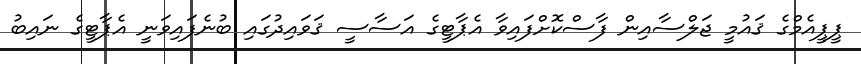
ޕީޕީއެމްގެ ޤައުމީ ޖަލްސާއިން ފާސްކޮށްފައިވާ އެޕާޓީގެ އަސާސީ ޤަވައިދުގައި ބުނެފައިވަނީ އެޕާޓީގެ ނައިބު